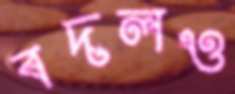
বদলও